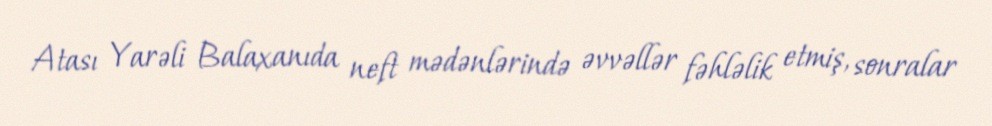
Atası Yarəli Balaxanıda neft mədənlərində əvvəllər fəhləlik etmiş, sonralar